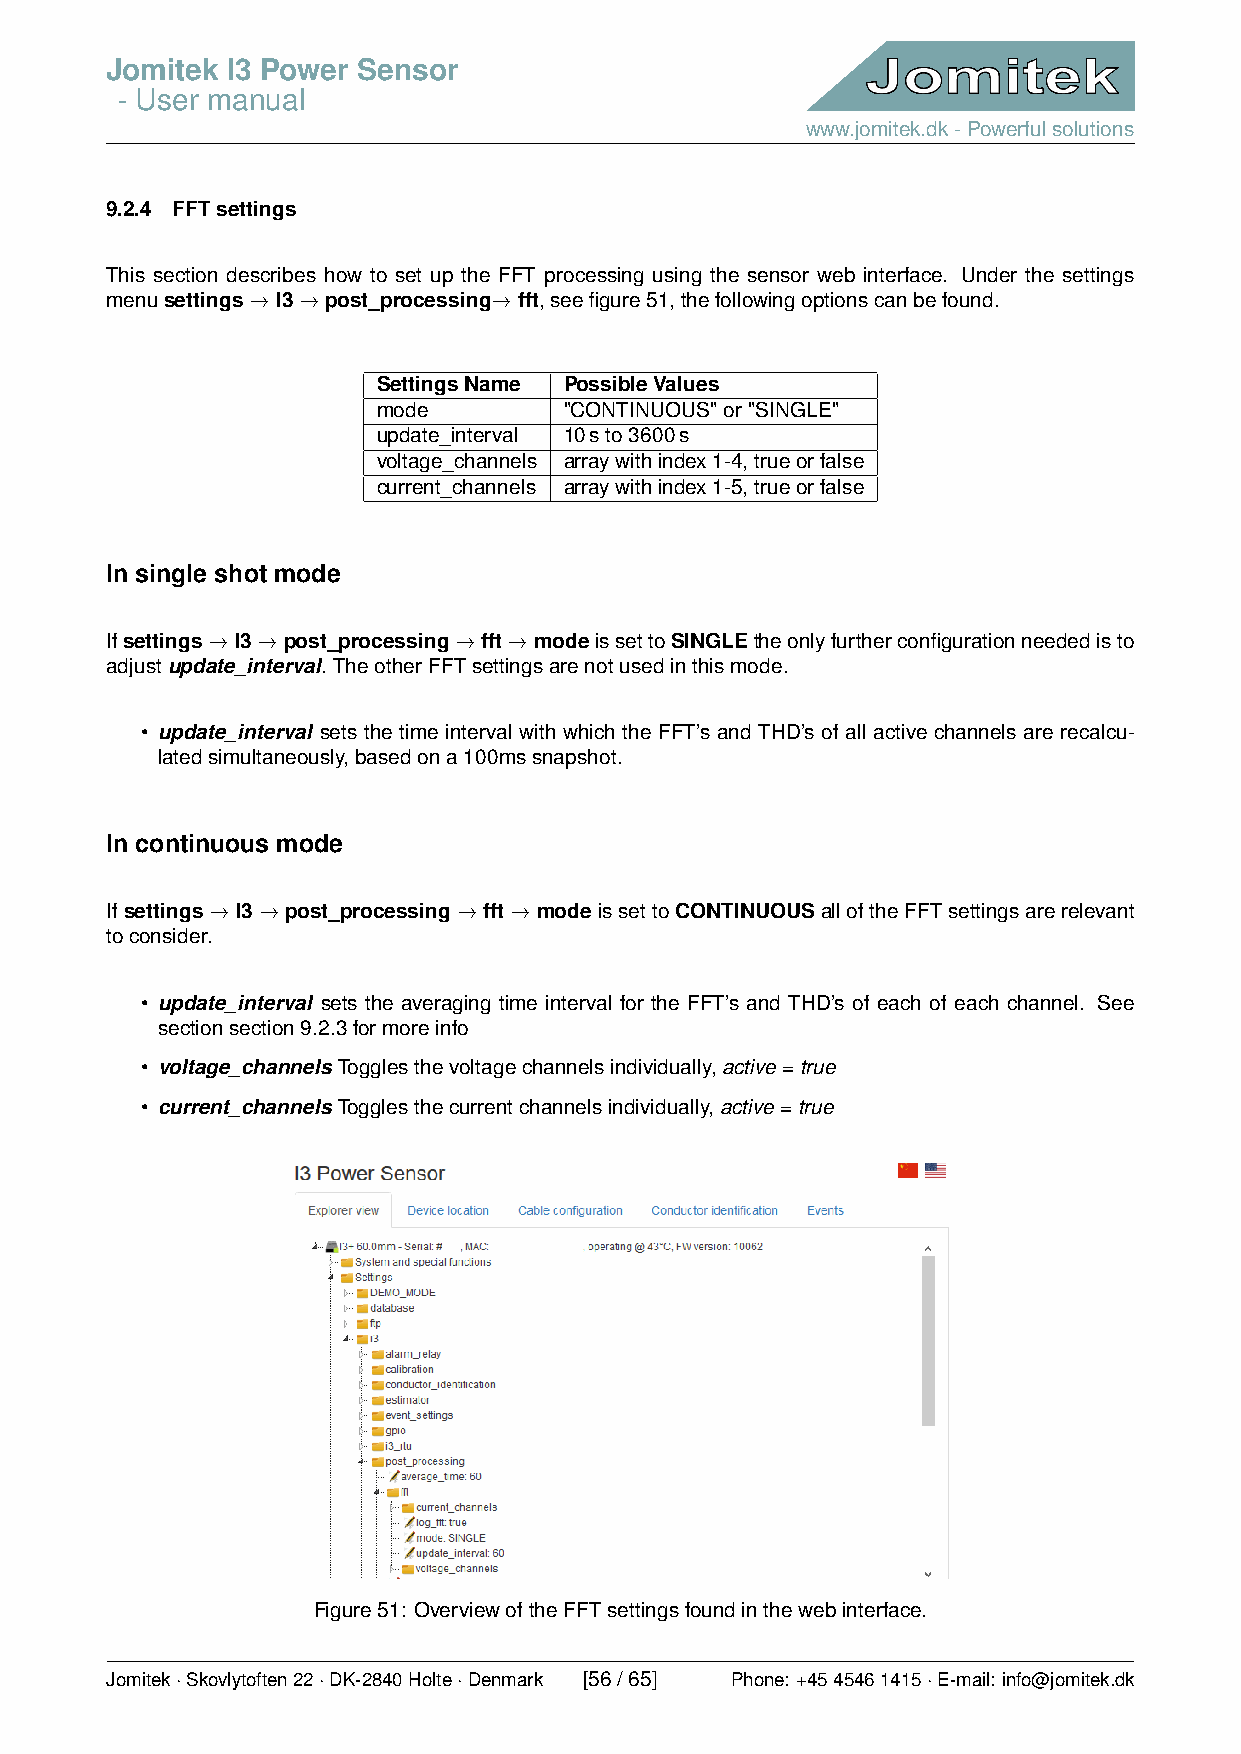
Jomitek I3 Power Sensor
 - User manual
 www.jomitek.dk-Powerfulsolutions
 9.2.4 FFTsettings
 This section describes how to set up the FFT processing using the sensor web interface. Under the settings
 menusettings→I3→post_processing→fft,seefigure51,thefollowingoptionscanbefound.
 SettingsName PossibleValues
 mode        "CONTINUOUS"or"SINGLE"
 update_interval 10sto3600s
 voltage_channels arraywithindex1-4,trueorfalse
 current_channels arraywithindex1-5,trueorfalse
 In single shot mode
 Ifsettings→I3→post_processing→fft→modeissettoSINGLEtheonlyfurtherconfigurationneededisto
 adjustupdate_interval. TheotherFFTsettingsarenotusedinthismode.
 • update_interval sets the time interval with which the FFT’s and THD’s of all active channels are recalcu-
 latedsimultaneously,basedona100mssnapshot.
 In continuous mode
 Ifsettings→I3→post_processing→fft→modeissettoCONTINUOUSalloftheFFTsettingsarerelevant
 toconsider.
 • update_interval sets the averaging time interval for the FFT’s and THD’s of each of each channel. See
 sectionsection9.2.3formoreinfo
 • voltage_channels Togglesthevoltagechannelsindividually,active=true
 • current_channels Togglesthecurrentchannelsindividually,active=true
 Figure51: OverviewoftheFFTsettingsfoundinthewebinterface.
 Jomitek·Skovlytoften22·DK-2840Holte·Denmark [56/65] Phone: +4545461415·E-mail: info@jomitek.dk